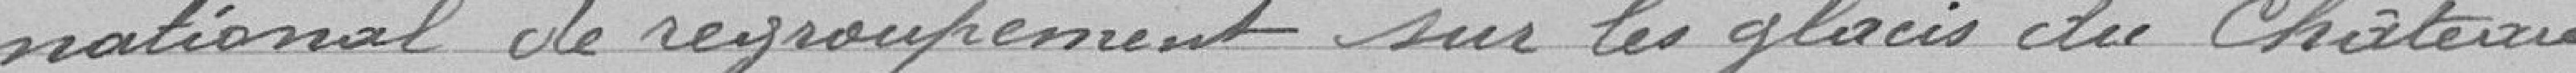
national de regroupement sur les glacis du château